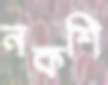
নকশি